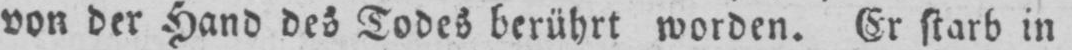
von der Hand des Todes berührt worden. Er starb in